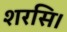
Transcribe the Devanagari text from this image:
शरसि।